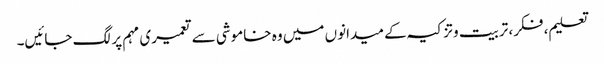
تعلیم، فکر، تربیت وتزکیہ کے میدانوں میں وہ خاموشی سے تعمیری مہم پر لگ جائیں۔